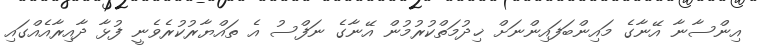
އިންސާނާ އޭނާގެ މައިންބަފައިންނަށް ޚިދުމަތްކުރުމުން އޭނާގެ ނަފްސު އެ ތައްޔާރުކުރެވެނީ ފުޅާ ދާއިރާއެއްގައި